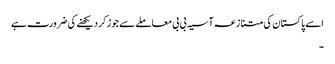
اسے پاکستان کی متنازعہ آسیہ بی بی معاملے سے جوڑ کر دیکھنے کی ضرورت ہے
۔